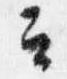
云